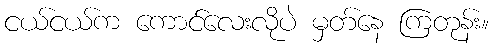
ငယ်ငယ်က ကောင်လေးလိုပဲ မှတ်နေ ကြတုန်း။